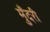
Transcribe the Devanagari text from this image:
मुँदरी